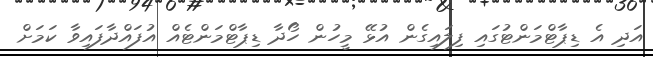
އަދި އެ ޑިޕާޓްމަންޓުގައި ފިލައިގެން އުޅޭ މީހުން ހޯދާ ޑިޕާޓްމަންޓެއް އުފައްދާފައިވާ ކަމަށް